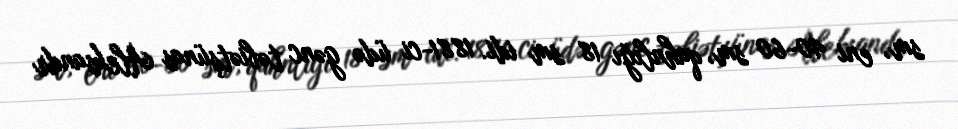
sm, eni 40-60 sm, qahnlığı 18 sm idi. 1881-ci üdə gənc təbiətşünas Aleksandr